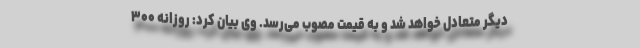
دیگر متعادل خواهد شد و به قیمت مصوب می‌رسد. وی بیان کرد: روزانه ۳۰۰